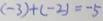
( - 3 ) + ( - 2 ) = - 5